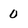
Character: 0